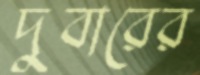
দুবারের